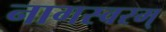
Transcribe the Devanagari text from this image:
नागस्वरम्